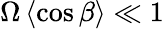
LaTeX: \Omega\left\langle\cos\beta\right\rangle\ll 1